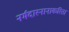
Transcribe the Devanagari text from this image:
नर्मदास्नानाकरिता